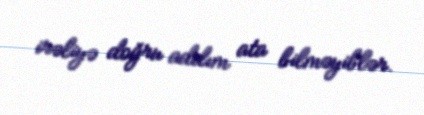
irəliyə doğru addım ata bilməyiblər.